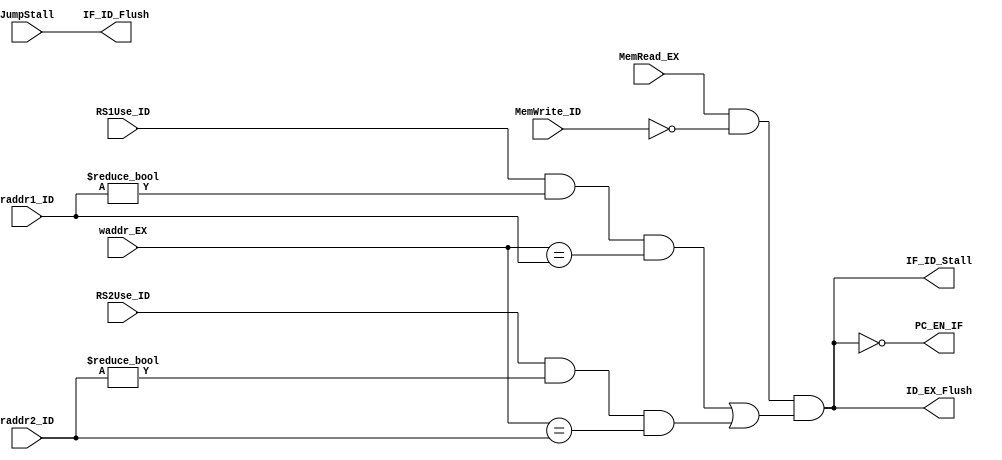
`timescale 1ns / 1ps

module HazardUnit(
    input [4:0] raddr1_ID,
    input [4:0] raddr2_ID,
    input       RS1Use_ID,
    input       RS2Use_ID,
    input       MemWrite_ID,
    input [4:0] waddr_EX,
    input       MemRead_EX,
    input       JumpStall,
    output      PC_EN_IF,
    output      IF_ID_Flush,
    output      ID_EX_Flush,
    output      IF_ID_Stall
);
    wire DataStall;
    assign DataStall = MemRead_EX && ~MemWrite_ID && 
                    ((RS1Use_ID && raddr1_ID != 0 && (waddr_EX == raddr1_ID)) 
                  || (RS2Use_ID && raddr2_ID != 0 && (waddr_EX == raddr2_ID)));

    assign PC_EN_IF    = ~DataStall;
    assign IF_ID_Flush = JumpStall;
    assign IF_ID_Stall = DataStall;
    assign ID_EX_Flush = DataStall;
endmodule